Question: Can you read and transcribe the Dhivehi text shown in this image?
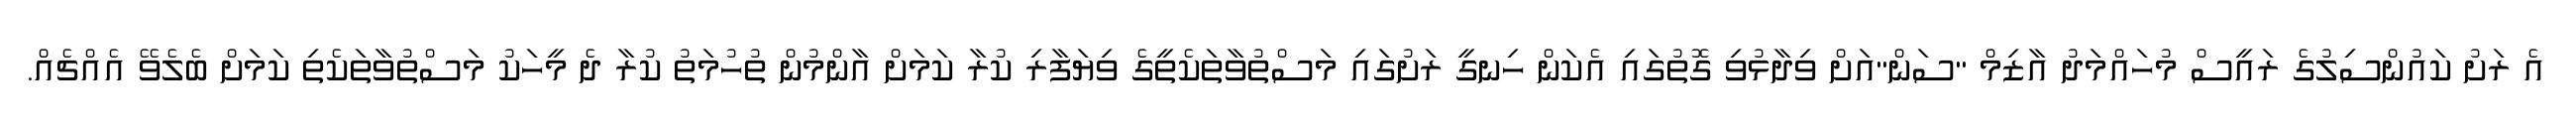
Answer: އެ ރަށު ކައުންސިލުގެ ރައީސް މުހައްމަދު އާޒިމް "ސަން"އަށް ވިދާޅުވި ގޮތުގައި އެކަން ހިނގީ ރަށުގައި މަސްތުވާތަކެތީގެ ވިޔަފާރި ކުރާ ކަމަށް އާންމުން ތުހުމަތު ކުރާ ދެ މީހަކު މަސްތުވާތަކެތި ކަމަށް ބެލެވޭ އެއްޗެއް.